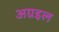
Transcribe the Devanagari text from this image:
अग्रइल